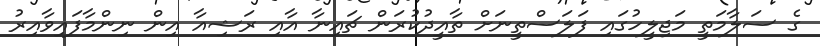
ގެ ސަލާމަތީ މަޖިލީހުގައި ފަލަސްތީނަށް ތާއީދުކުރަން ޗައިނާ އާއި ރަޝިއާ އިން ނިންމާފައިވާއިރު